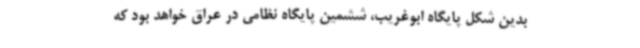
بدین شکل پایگاه ابوغریب، ششمین پایگاه نظامی در عراق خواهد بود که